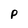
Character: p